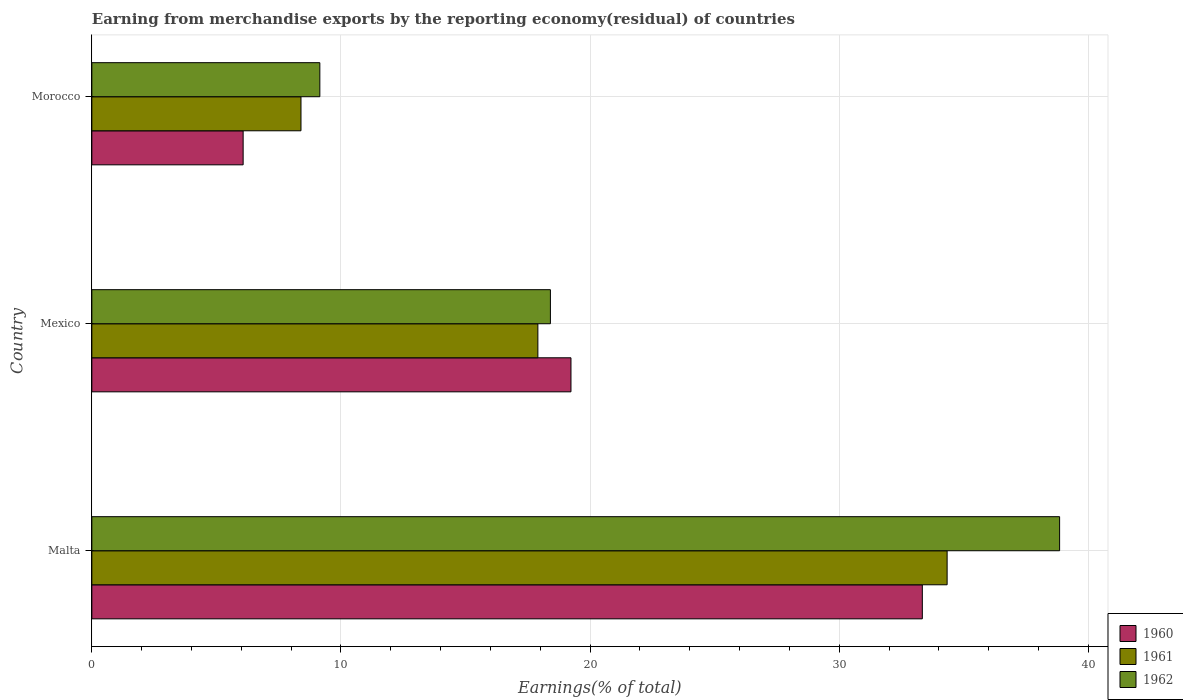
| Country | 1960 | 1961 | 1962 |
 | --- | --- | --- | --- |
 | Malta | 33.3 | 34.3 | 38.8 |
 | Mexico | 19.2 | 17.9 | 18.4 |
 | Morocco | 6.07 | 8.39 | 9.15 |